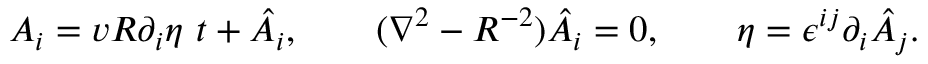
A _ { i } = { v R } \partial _ { i } \eta \ t + \hat { A } _ { i } , \qquad ( \nabla ^ { 2 } - { R ^ { - 2 } } ) \hat { A } _ { i } = 0 , \qquad \eta = \epsilon ^ { i j } \partial _ { i } \hat { A } _ { j } .